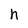
Character: h